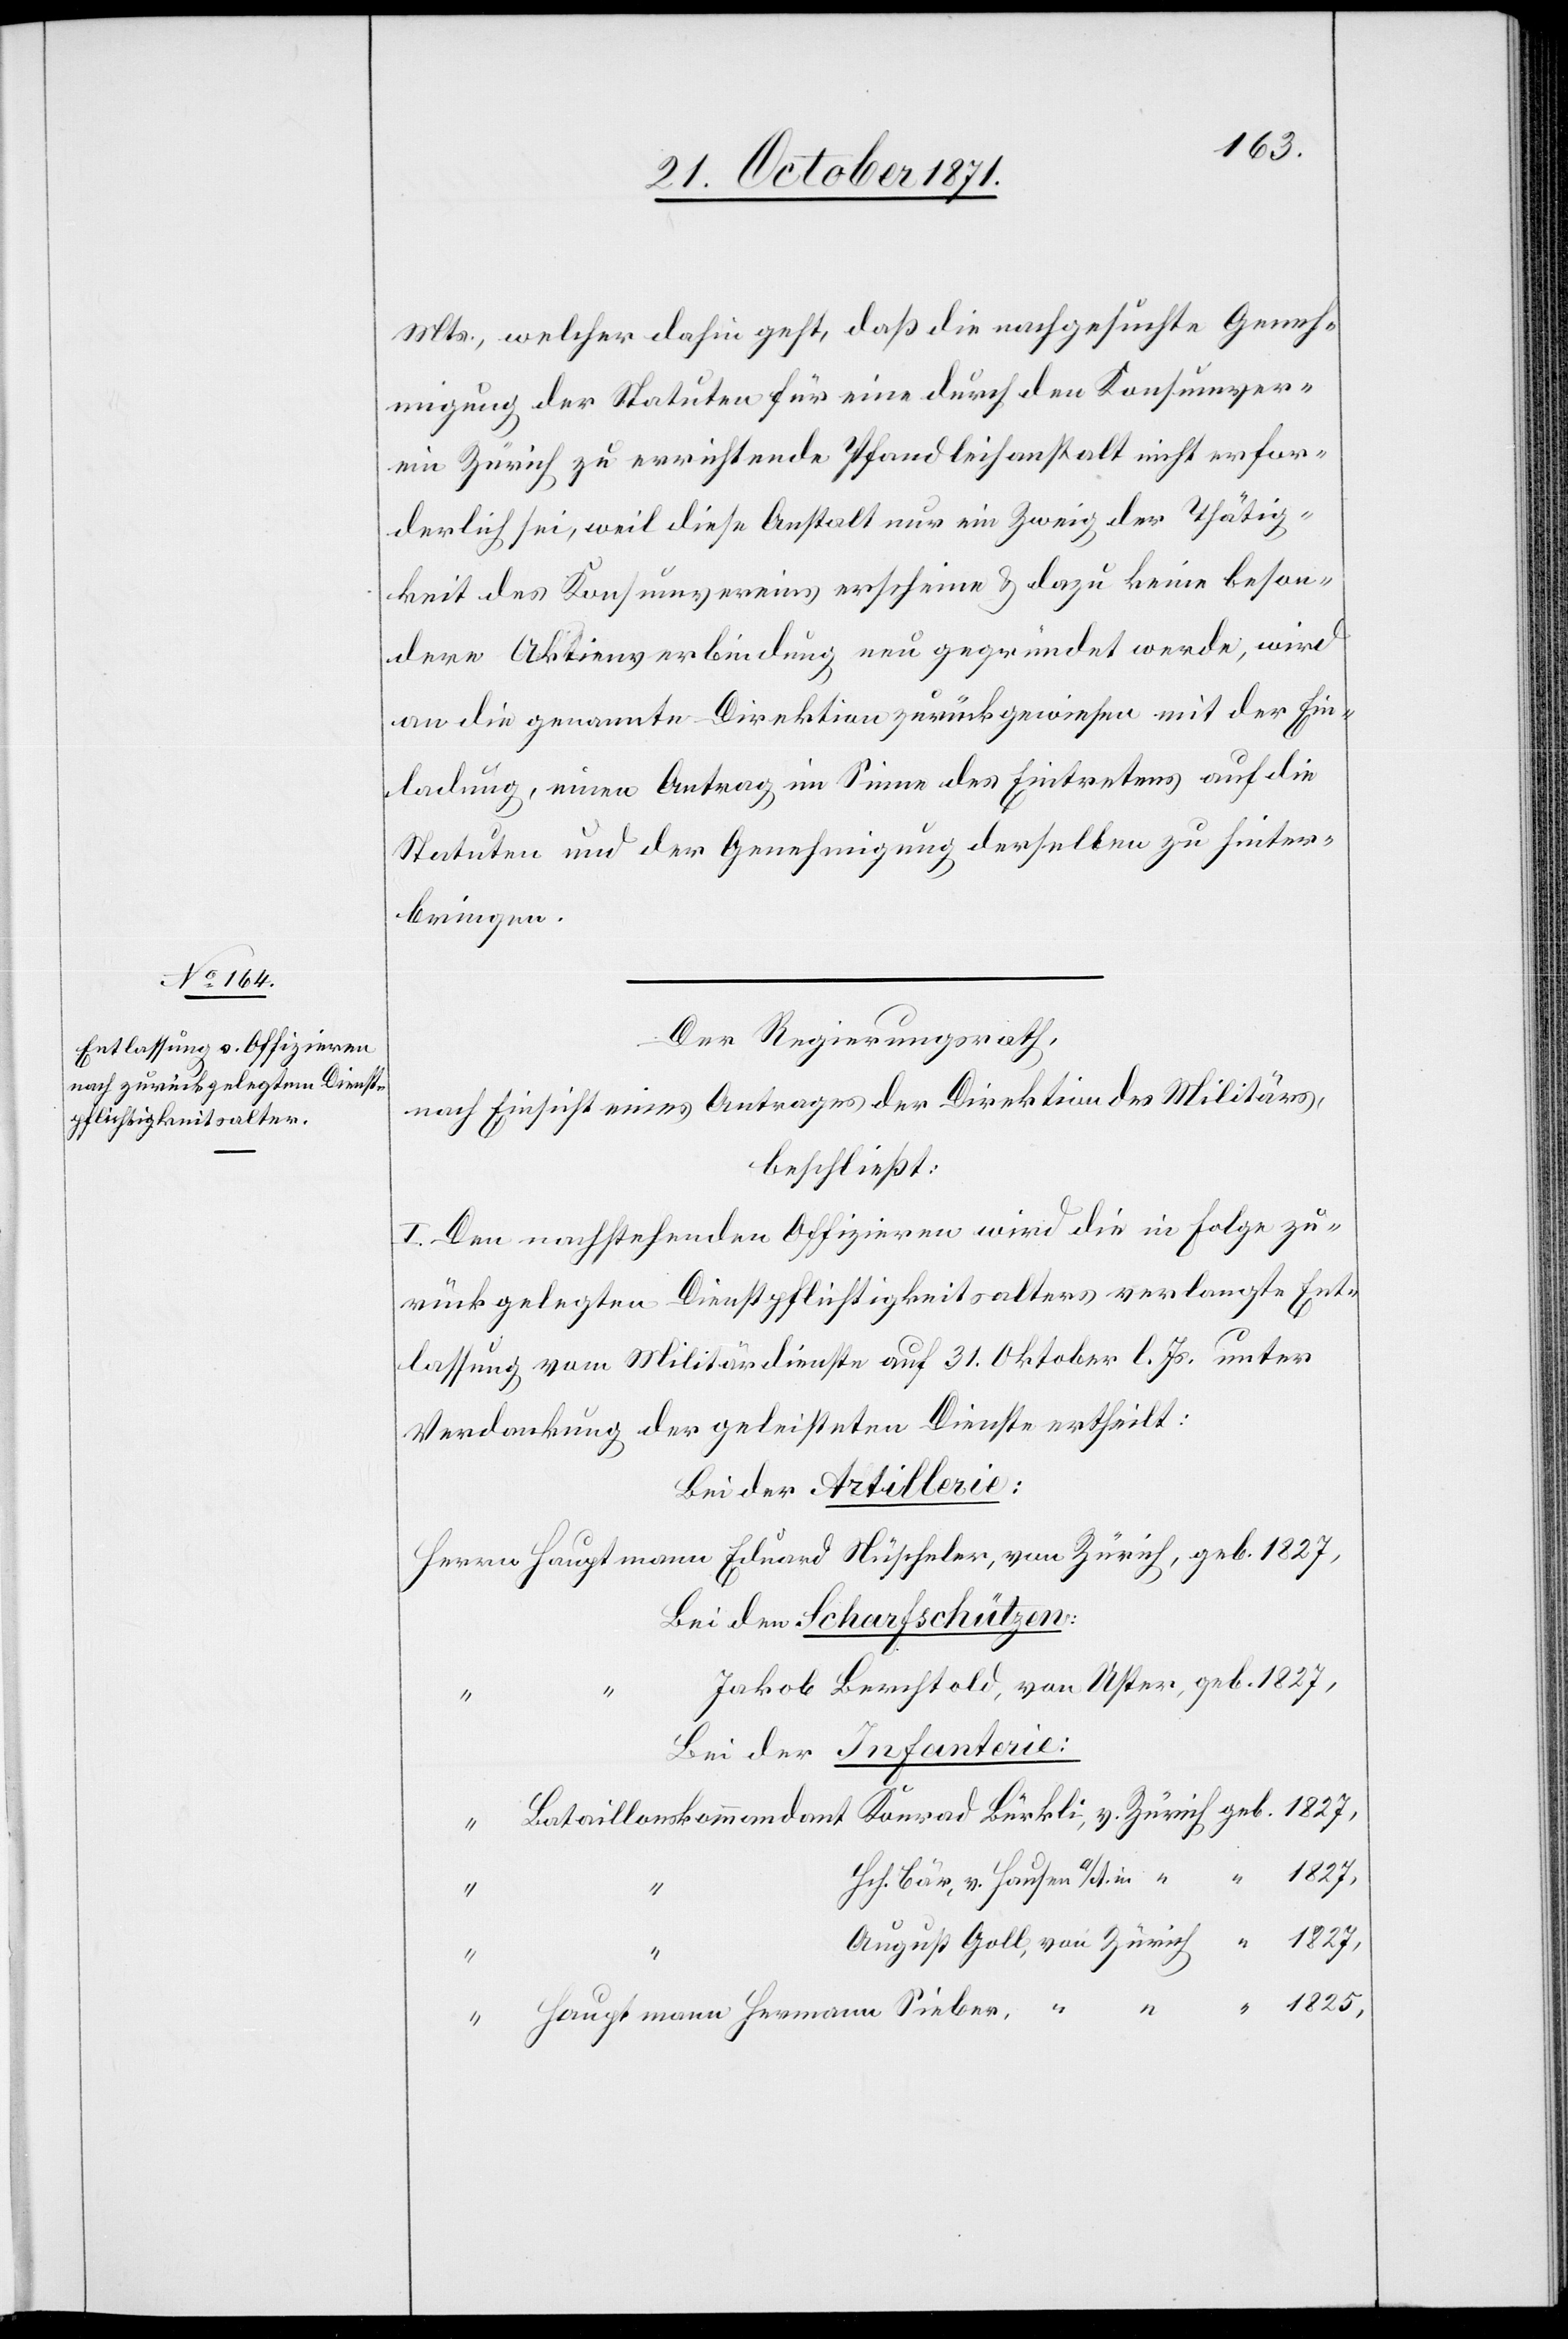
1825,
Mts., welcher dahin geht, daß die nachgesuchte Geneh¬
migung der Statuten für eine durch den Konsumver¬
ein Zürich zu errichtende Pfandleihanstalt nicht erfor¬
derlich sei, weil diese nur [als] ein Zweig der Thätig¬
keit des Konsumvereins erscheine & dazu keine beson¬
dere Aktienverbindung neu gegründet werde, wird
an die genannte Direktion zurückgewiesen mit der Ein¬
ladung, einen Antrag im Sinne des Eintretens auf die
Statuten und der Genehmigung derselben zu hinter¬
bringen.
Der Regierungsrath,
nach Einsicht eines Antrages der Direktion des Militärs,
beschließt:
I. Den nachstehenden Offizieren wird die in Folge zu¬
rückgelegten Dienstpflichtigkeitsalters verlangte Ent¬
lassung vom Militärdienste auf 31. Oktober l. Js. unter
Verdankung der geleisteten Dienste ertheilt:
Bei der Artillerie:
Bei den Scharfschützen:
“
Bei der Infanterie:
v.